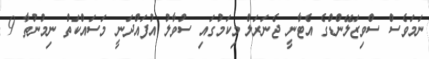
ނަމަވެސް ސްވިޒަލޭންޑްގެ އެޓާނީ ޖެނަރަލް މިކަމުގައި ސުވާލު އުފައްދަނީ މަސައްކަތް ނިމުނުތާ 9